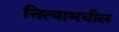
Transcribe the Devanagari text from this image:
नित्यामधील